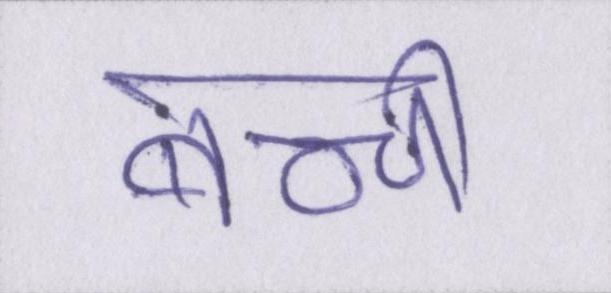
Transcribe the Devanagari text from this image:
बच्ची